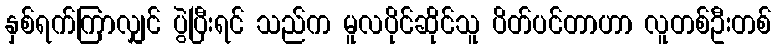
နှစ်ရက်ကြာလျှင် ပွဲပြီးရင် သည်က မူလပိုင်ဆိုင်သူ ပိတ်ပင်တာဟာ လူတစ်ဦးတစ်